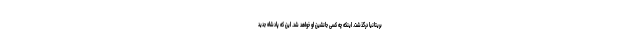
بریتانیا درگذشت. اینکه چه کسی جانشین او خواهد شد. این که پادشاه جدید